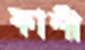
কাশী